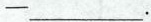
—___.